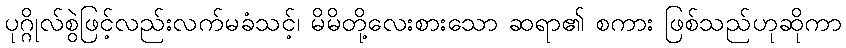
ပုဂ္ဂိုလ်စွဲဖြင့်လည်းလက်မခံသင့်၊ မိမိတို့လေးစားသော ဆရာ၏ စကား ဖြစ်သည်ဟုဆိုကာ